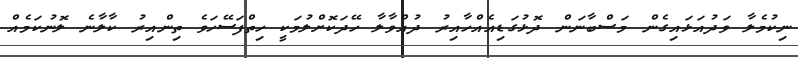
ނިކުމެލާ ވަދުއަޅައިގެން މަސްބާނަން ދޮޅުގަޑިއެއްހާއިރު ދުއްވާލާ ހޭދަކޮށްލުމަކީ ހިތްފަސޭހަވެ ތިންއިރު ކާލާނެ ލޮނުކަމެއް